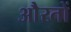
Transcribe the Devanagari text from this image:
औेरतों